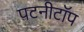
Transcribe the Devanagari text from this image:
पटनीटॉप